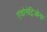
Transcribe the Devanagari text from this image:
एंडोमेट्रिओमा